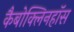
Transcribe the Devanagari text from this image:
कैबोक्लिनहॉस